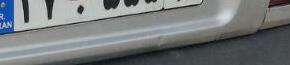
۲۷ب۵۵۵۹۸